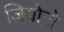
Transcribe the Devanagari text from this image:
जियोनो